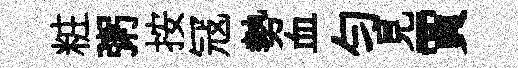
粧粥按冦勢血匀見賈